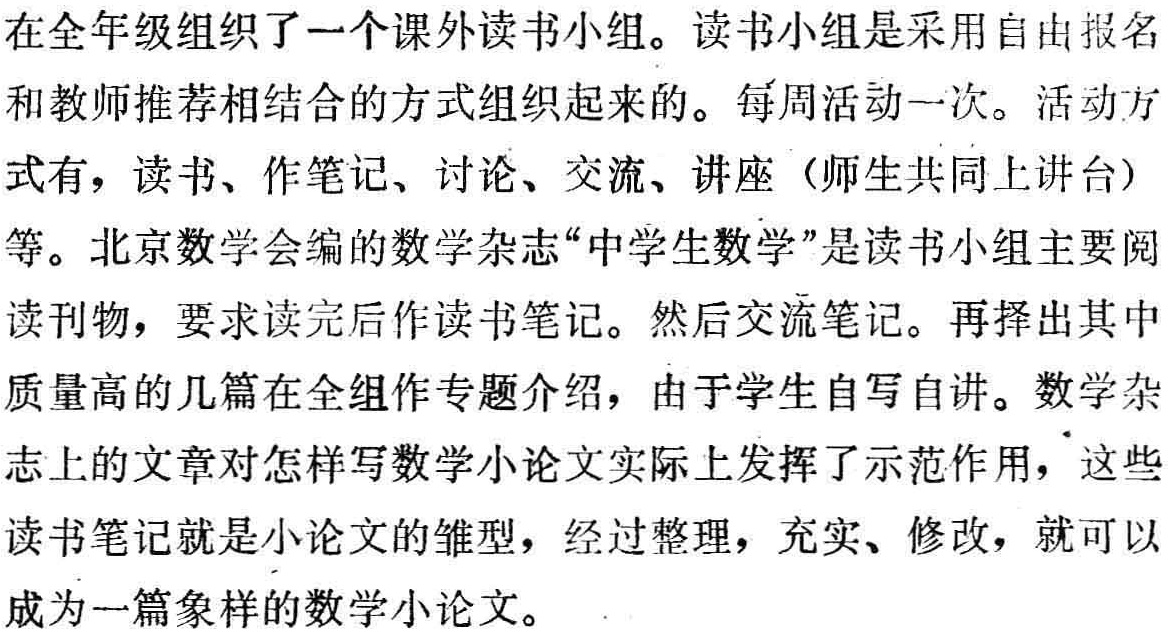
在全年级组织了一个课外阅读小组。读书小组是采用自由报名和教师推荐相结合的方式组织起来的。每周活动一次。活动方式有，读书、作笔记、讨论、交流、讲座（师生共同上讲台）等。北京数学会编的数学杂志“中学生数学”是读书小组主要阅读刊物，要求读完后作读书笔记。然后交流笔记。再择出其中质量高的几篇在全组作专题介绍，由于学生自写自讲。数学杂志上的文章对怎样写数学小论文实际上发挥了示范作用，这些读书笔记就是小论文的雏型，经过整理，充实、修改，就可以成为一篇象样的数学小论文。